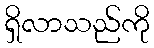
ရှိလာသည်ကို